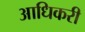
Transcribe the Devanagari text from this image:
आधिकरी